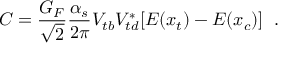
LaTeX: C = \frac { G _ { F } } { \sqrt { 2 } } \frac { \alpha _ { s } } { 2 \pi } V _ { t b } V _ { t d } ^ { * } [ E ( x _ { t } ) - E ( x _ { c } ) ] \; \; .